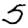
Digit: 5